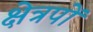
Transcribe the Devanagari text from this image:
क्षेत्रपों